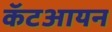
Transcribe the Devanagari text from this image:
कॅटआयन